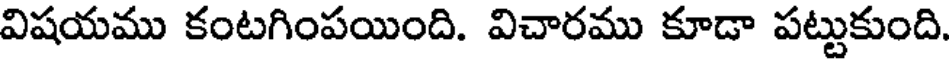
విషయము కంటగింపయింది. విచారము కూడా పట్టుకుంది.